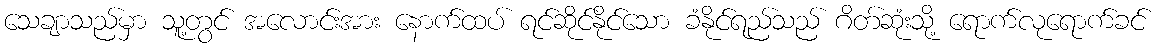
သေချာသည်မှာ သူ့တွင် အလောင်းအား နောက်ထပ် ရင်ဆိုင်နိုင်သော ခံနိုင်ရည်သည် ဂိတ်ဆုံးသို့ ရောက်လုရောက်ခင်